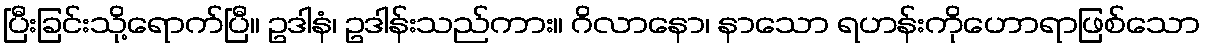
ပြီးခြင်းသို့ရောက်ပြီ။ ဥဒါနံ၊ ဥဒါန်းသည်ကား။ ဂိလာနော၊ နာသော ရဟန်းကိုဟောရာဖြစ်သော